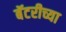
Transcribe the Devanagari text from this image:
बॅटरीच्या